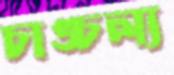
চাঙ্চল্য